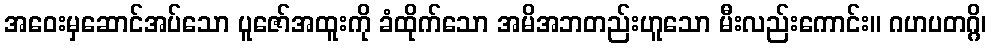
အဝေးမှဆောင်အပ်သော ပူဇော်အထူးကို ခံထိုက်သော အမိအဘတည်းဟူသော မီးလည်းကောင်း။ ဂဟပတဂ္ဂိ၊